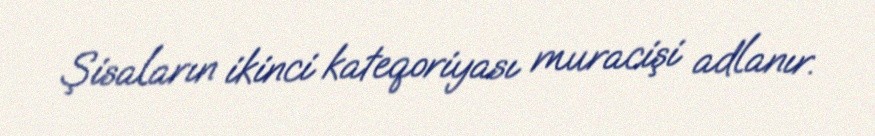
Şisaların ikinci kateqoriyası muracişi adlanır.